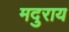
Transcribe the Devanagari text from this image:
मदुराय